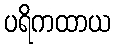
ပရိကထာယ